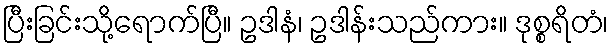
ပြီးခြင်းသို့ရောက်ပြီ။ ဥဒါနံ၊ ဥဒါန်းသည်ကား။ ဒုစ္စရိတံ၊